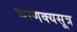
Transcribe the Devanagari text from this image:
चाणक्यसूत्र